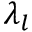
\lambda _ { l }